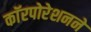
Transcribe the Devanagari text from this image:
काॅरपोरेशनने